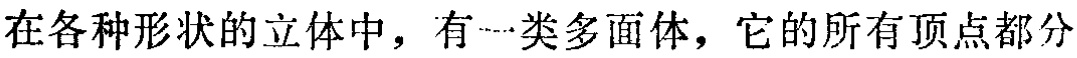
在各种形状的立体中，有一类多面体，它的所有顶点都分